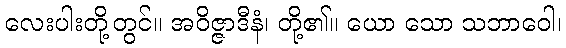
လေးပါးတို့တွင်။ အဝိဇ္ဇာဒီနံ၊ တို့၏။ ယော သော သဘာဝေါ၊